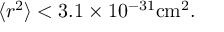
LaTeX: \langle r ^ { 2 } \rangle < 3 . 1 \times 1 0 ^ { - 3 1 } \mathrm { c m ^ { 2 } } .